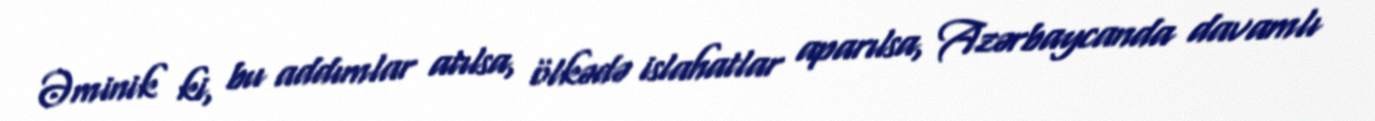
Əminik ki, bu addımlar atılsa, ölkədə islahatlar aparılsa, Azərbaycanda davamlı